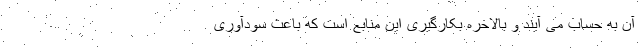
آن به حساب می آیند و بالاخره بکارگیری این منابع است که باعث سودآوری